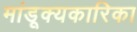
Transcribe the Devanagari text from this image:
मांडूक्यकारिका